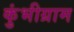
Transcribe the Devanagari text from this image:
कुंभीग्राम